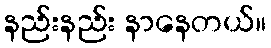
နည်းနည်း နာနေတယ်။